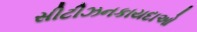
સીટીઝનકાયદાઓ